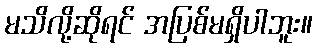
မသိလို့ဆိုရင် အပြစ်မရှိပါဘူး။